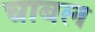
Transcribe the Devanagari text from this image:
चाबल